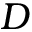
D